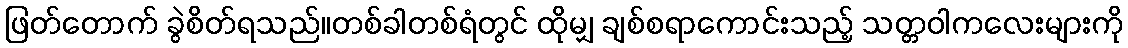
ဖြတ်တောက် ခွဲစိတ်ရသည်။တစ်ခါတစ်ရံတွင် ထိုမျှ ချစ်စရာကောင်းသည့် သတ္တဝါကလေးများကို